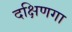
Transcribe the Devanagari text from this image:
दक्षिणगा